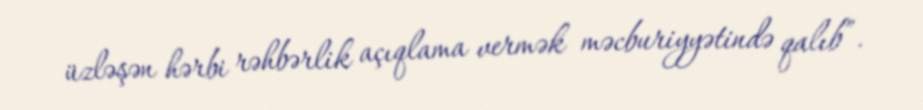
üzləşən hərbi rəhbərlik açıqlama vermək məcburiyyətində qalıb”.